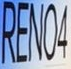
RENO4